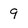
Character: 9